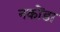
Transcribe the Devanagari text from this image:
नकोंडा